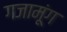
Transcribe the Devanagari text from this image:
गजामूंग